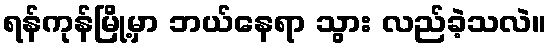
ရန်ကုန်မြို့မှာ ဘယ်နေရာ သွား လည်ခဲ့သလဲ။